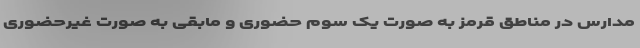
مدارس در مناطق قرمز به صورت یک سوم حضوری و مابقی به صورت غیرحضوری